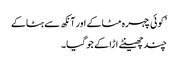
’کوئی چہرہ مٹاکے اور آنکھ سے ہٹاکے
چند چھینٹے اڑا کے جو گیا۔